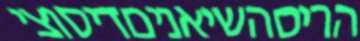
הריסהשיאניםדיסוצי